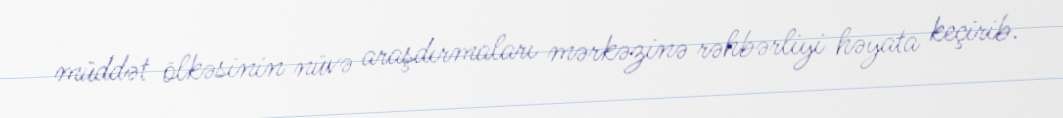
müddət ölkəsinin nüvə araşdırmaları mərkəzinə rəhbərliyi həyata keçirib.